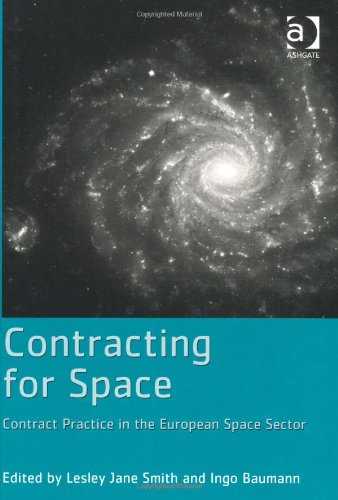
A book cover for Contracting for Space; Lesley Jane Smith; Law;